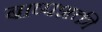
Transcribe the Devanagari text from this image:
बाष्पशक्ती